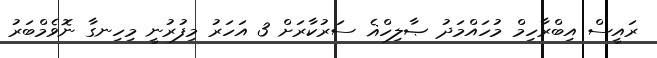
ރައީސް އިބްރާހިމް މުހައްމަދު ޞާލިހްޣެ ސަރުކާރަށް 3 އަހަރު މިފުރުނީ މިހިނގާ ނޮވެމްބަރު